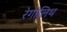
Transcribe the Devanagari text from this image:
रेगोलिथ